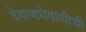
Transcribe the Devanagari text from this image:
देवाणघेवाणीची